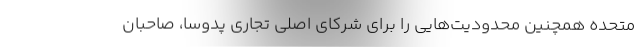
متحده همچنین محدودیت‌هایی را برای شرکای اصلی تجاری پدوسا، صاحبان